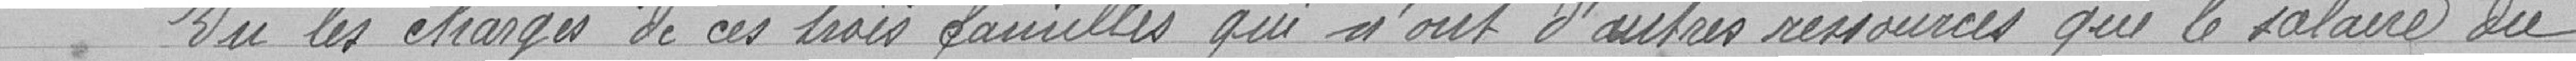
Vu les charges de ces trois familles qui n'ont d'autres ressources que le salaire du